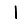
Digit: 1